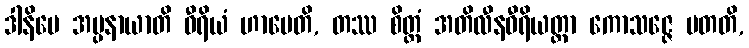
ဒါနိမေ အပ္ပနာယာတိ ဝီရိယံ ဟာပေတိ, တဿ စိတ္တံ အတိလီနဝီရိယတ္တာ ကောသဇ္ဇေ ပတတိ,